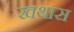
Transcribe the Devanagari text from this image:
खथास